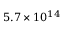
5 . 7 \times 1 0 ^ { 1 4 }